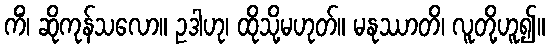
ကိံ၊ ဆိုကုန်သလော။ ဥဒါဟု၊ ထိုသို့မဟုတ်။ မနုဿာတိ၊ လူတို့ဟူ၍။